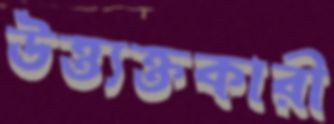
উত্ত্যক্তকারী